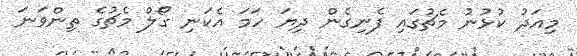
މިއަދު ކުޅުނު މެޗުގައި ފެނިގެން ދިޔަ ހަމަ އެކަނި ގޯލް މެޗުގެ ތިންވަނަ